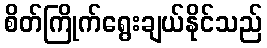
စိတ်ကြိုက်ရွေးချယ်နိုင်သည်